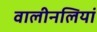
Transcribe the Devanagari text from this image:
वालीनलियां